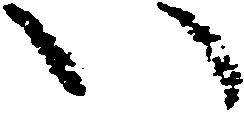
い